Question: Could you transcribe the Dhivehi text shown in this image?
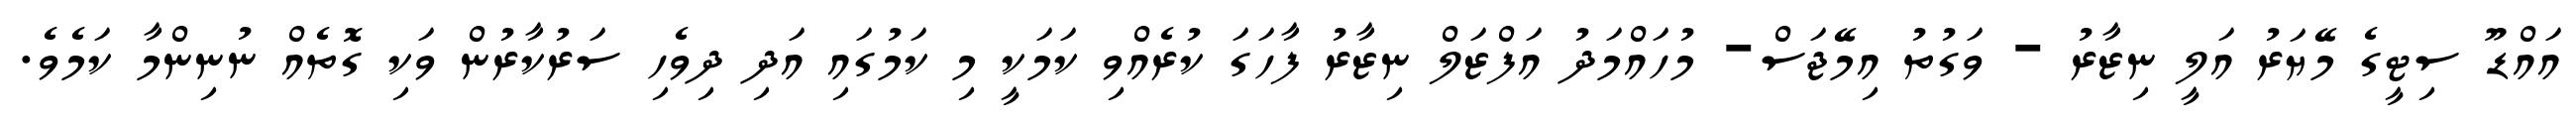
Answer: އައްޑޫ ސިޓީގެ މޭޔަރު އަލީ ނިޒާރު - ވަގުތު އިމޭޖަސް- މުހައްމަދު އަފްޒަލް ނިޒާރު ފާހަގަ ކުރެއްވި ކަމަކީ މި ކަމުގައި އަދި ދިވެހި ސަރުކާރުން ވަކި ގޮތެއް ނުނިންމާ ކަމެވެ.